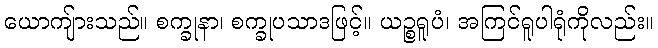
ယောကျ်ားသည်။ စက္ခုနာ၊ စက္ခုပသာဒဖြင့်။ ယဉ္စရူပံ၊ အကြင်ရူပါရုံကိုလည်း။